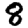
Digit: 8